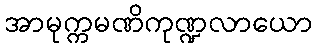
အာမုက္ကမဏိကုဏ္ဍလာယော